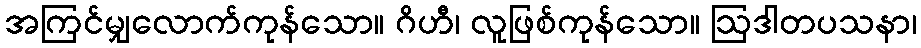
အကြင်မျှလောက်ကုန်သော။ ဂိဟီ၊ လူဖြစ်ကုန်သော။ ဩဒါတပသနာ၊